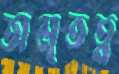
অমৃতত্ব